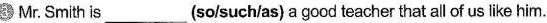
3 Mr. Smith is ___ (so/such/as) a good teacher that all of us like him.